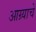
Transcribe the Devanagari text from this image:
आग्र्याचे